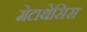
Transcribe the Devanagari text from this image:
मेटाथेसिस